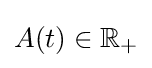
A(t)\in \mathbb {R} _{+}